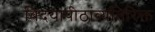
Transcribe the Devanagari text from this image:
विदयापीठांव्यतिरिक्त